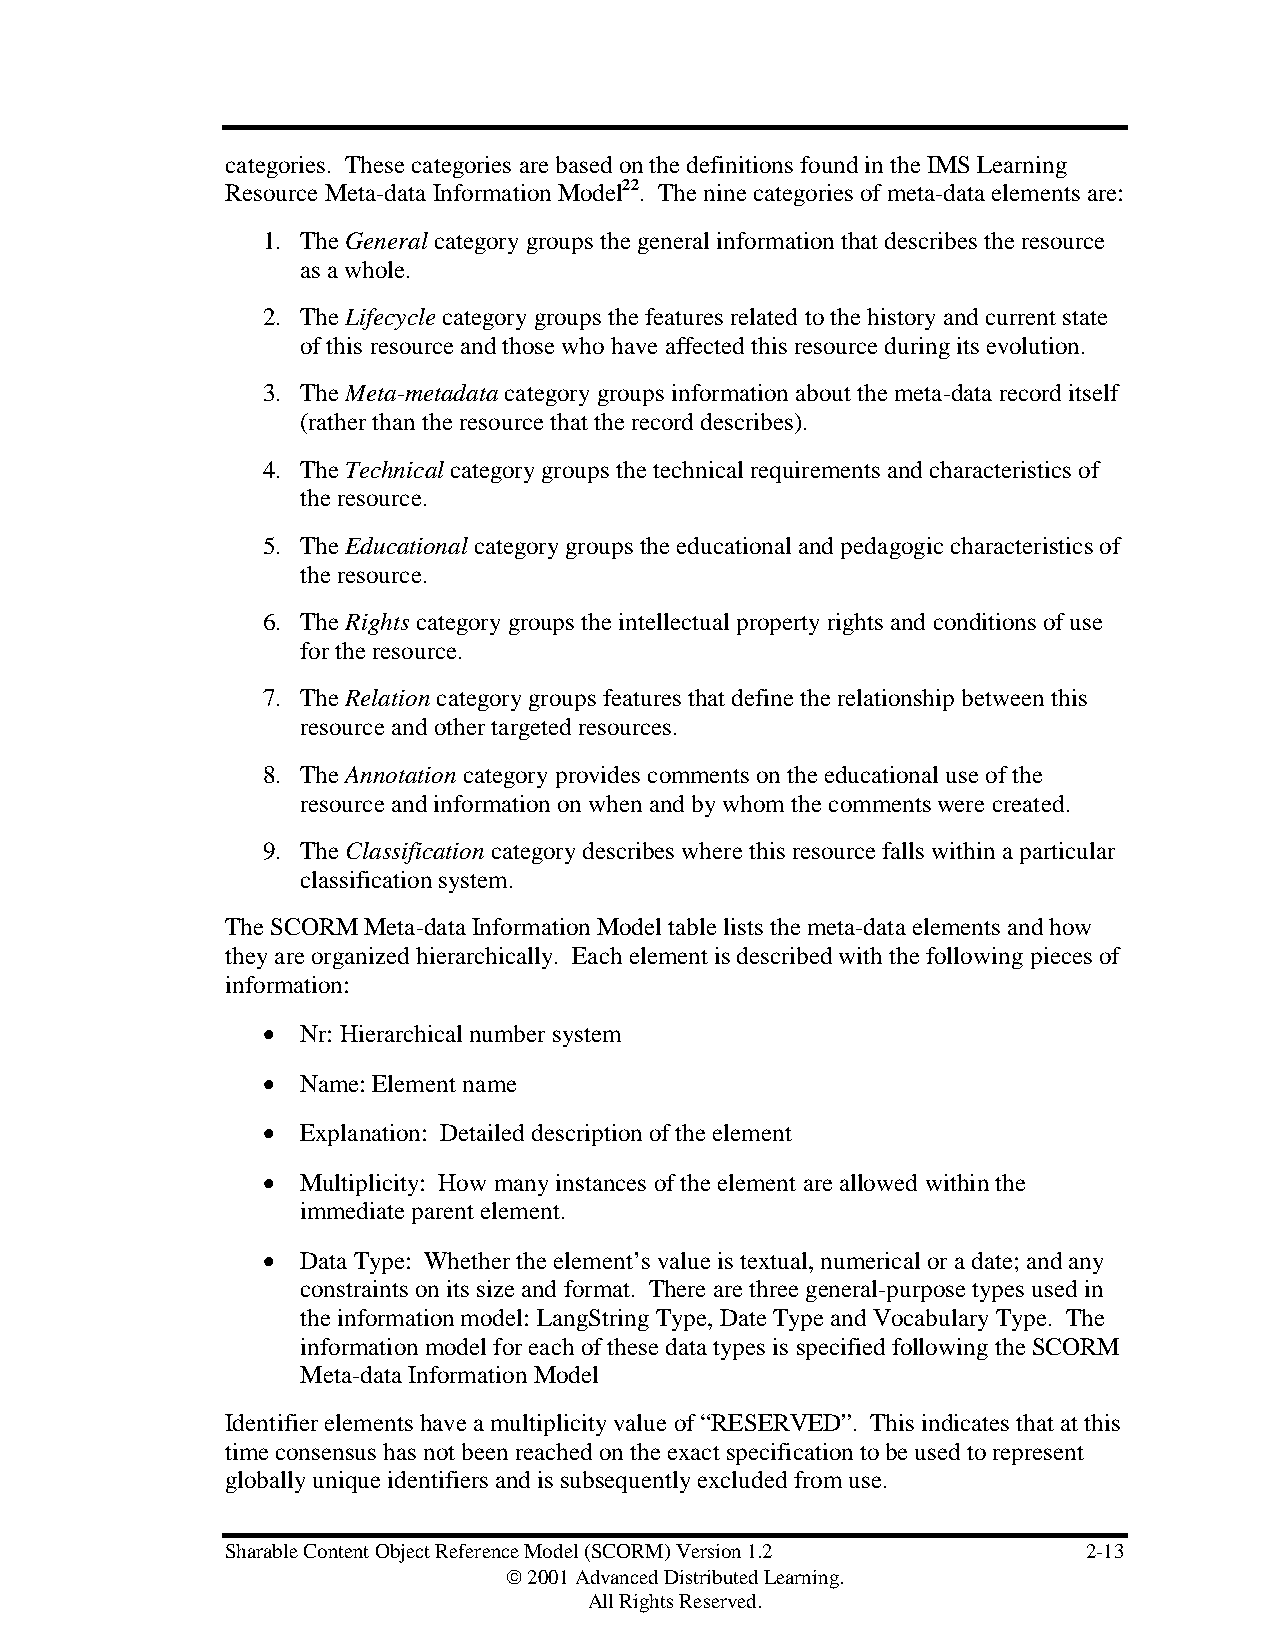
categories. These categories are based on the definitions found in the IMS Learning
 Resource Meta-data Information Model22. The nine categories of meta-data elements are:
 1. The General category groups the general information that describes the resource
 as a whole.
 2. The Lifecycle category groups the features related to the history and current state
 of this resource and those who have affected this resource during its evolution.
 3. The Meta-metadata category groups information about the meta-data record itself
 (rather than the resource that the record describes).
 4. The Technical category groups the technical requirements and characteristics of
 the resource.
 5. The Educational category groups the educational and pedagogic characteristics of
 the resource.
 6. The Rights category groups the intellectual property rights and conditions of use
 for the resource.
 7. The Relation category groups features that define the relationship between this
 resource and other targeted resources.
 8. The Annotation category provides comments on the educational use of the
 resource and information on when and by whom the comments were created.
 9. The Classification category describes where this resource falls within a particular
 classification system.
 The SCORM Meta-data Information Model table lists the meta-data elements and how
 they are organized hierarchically. Each element is described with the following pieces of
 information:
 •  Nr: Hierarchical number system
 •  Name: Element name
 •  Explanation: Detailed description of the element
 •  Multiplicity: How many instances of the element are allowed within the
 immediate parent element.
 •  Data Type: Whether the element’s value is textual, numerical or a date; and any
 constraints on its size and format. There are three general-purpose types used in
 the information model: LangString Type, Date Type and Vocabulary Type. The
 information model for each of these data types is specified following the SCORM
 Meta-data Information Model
 Identifier elements have a multiplicity value of “RESERVED”. This indicates that at this
 time consensus has not been reached on the exact specification to be used to represent
 globally unique identifiers and is subsequently excluded from use.
 Sharable Content Object Reference Model (SCORM) Version 1.2 2-13
  2001 Advanced Distributed Learning.
 All Rights Reserved.